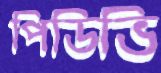
পিডিভি